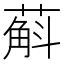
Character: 蔛